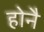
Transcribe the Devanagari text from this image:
होनै